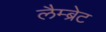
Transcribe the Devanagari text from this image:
लैम्ब्रेट